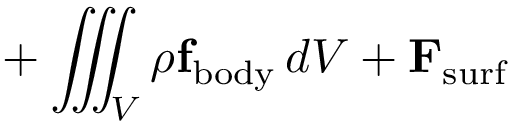
\displaystyle { } + \iiint _ { \scriptstyle V } \rho \mathbf { f } _ { \mathrm { b o d y } } \, d V + \mathbf { F } _ { \mathrm { s u r f } }